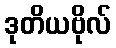
ဒုတိယဗိုလ်